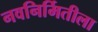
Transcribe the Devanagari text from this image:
नवनिर्मितीला